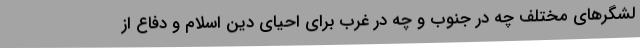
لشگرهای مختلف چه در جنوب و چه در غرب برای احیای دین اسلام و دفاع از